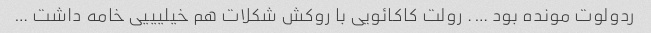
ردولوت مونده بود …. رولت کاکائویی با روکش شکلات هم خیلیییی خامه داشت …